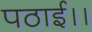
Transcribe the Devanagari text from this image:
पठाई।।